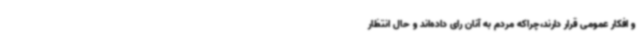
و افکار عمومی قرار دارند،چراکه مردم به آنان رای داده‌اند و حال انتظار